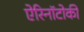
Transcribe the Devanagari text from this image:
ऐरिनॉटोकी